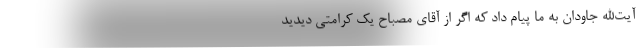
آیت‌الله جاودان به ما پیام داد که اگر از آقای مصباح یک کرامتی دیدید